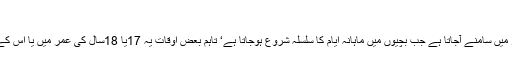
.مرض کی تشخیص
بالعموم یہ مرض اسی عمر میں سامنے آجاتا ہے جب بچیوں میں ماہانہ ایام کا سلسلہ شروع ہوجاتا ہے‘ تاہم بعض اوقات یہ 17یا 18سال کی عمر میں یا اس کے بعد بھی پید اہو سکتا ہے۔